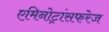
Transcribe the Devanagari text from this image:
एमिनोट्रांसफरेज